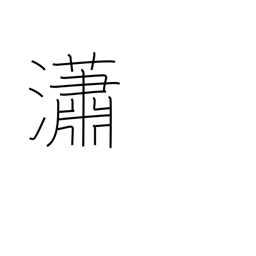
Meaning: pure